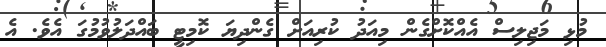
މުޅި މަޖިލިސް އެއްކޮށްގެން މިއަދު ކުރިއަށް ގެންދިޔަ ކޮމިޓީ ބައްދަލުވުމުގަ އެވެ. އެ